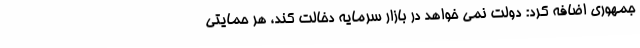
جمهوری اضافه کرد: دولت نمی خواهد در بازار سرمایه دخالت کند، هر حمایتی